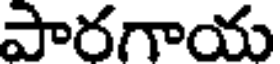
పారగాయ